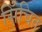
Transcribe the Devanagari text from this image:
सिँचित